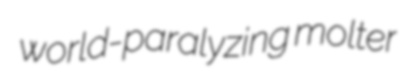
world-paralyzing molter